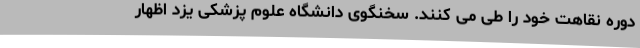
دوره نقاهت خود را طی می کنند. سخنگوی دانشگاه علوم پزشکی یزد اظهار